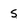
Character: 5